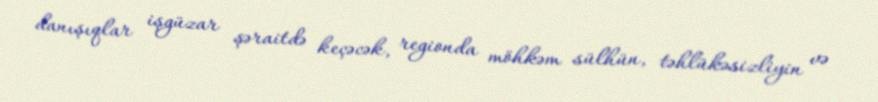
danışıqlar işgüzar şəraitdə keçəcək, regionda möhkəm sülhün, təhlükəsizliyin və